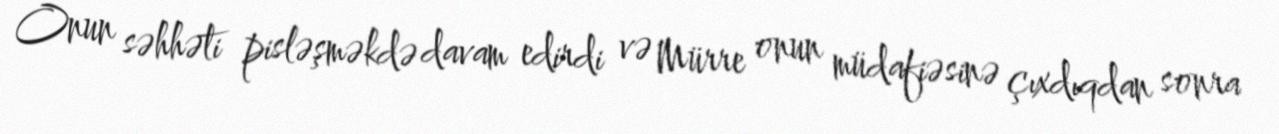
Onun səhhəti pisləşməkdə davam edirdi və Mürre onun müdafiəsinə çıxdıqdan sonra